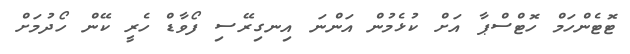
ޓޮޓެންހަމް ހޮޓްސްޕާ އަށް ކުޅެމުން އަންނަ އިނގިރޭސި ފޯވާޑް ހެރީ ކޭން ހޯދުމަށް